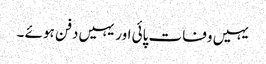
یہیں وفات پائی اور یہیں دفن ہوئے ۔